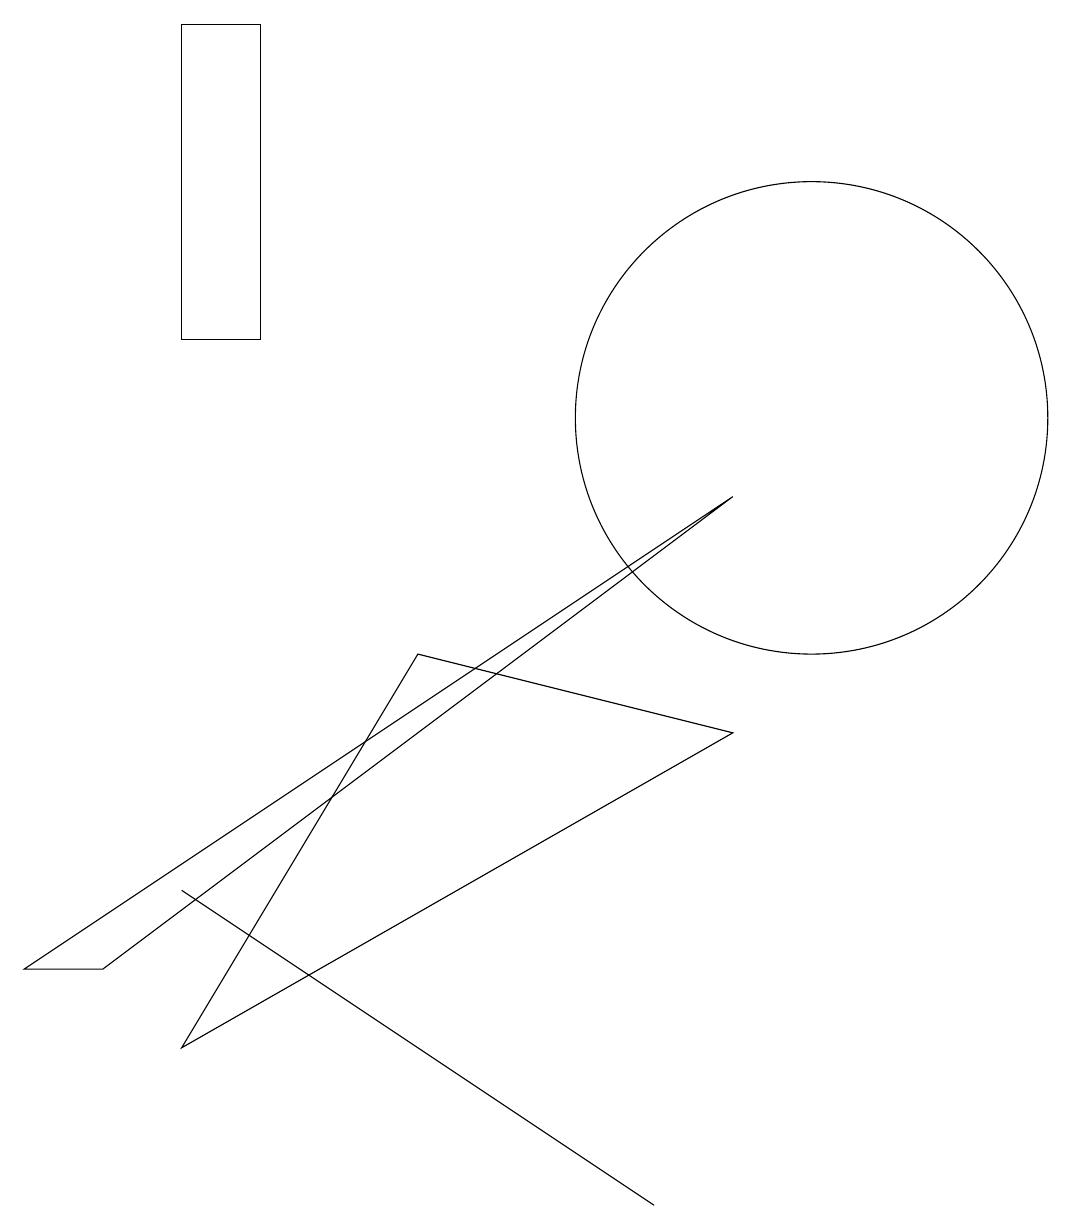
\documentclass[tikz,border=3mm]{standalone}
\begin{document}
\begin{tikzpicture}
\draw (10,10) circle (3);
\draw (2,4) -- (8,0) -- (5,2) -- cycle;
\draw (2,2) -- (5,7) -- (9,6) -- cycle;
\draw (0,3) -- (9,9) -- (1,3) -- cycle;
\draw (2,11) rectangle (3,15);
\draw (10,10) circle (0);
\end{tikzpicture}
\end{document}